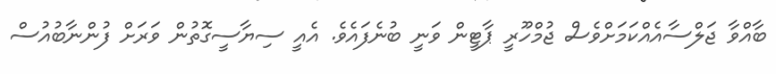
ބާއްވާ ޖަލްސާއެއްކަމަށްވެސް ޖުމްހޫރީ ޕާޓީން ވަނީ ބުނެފައެވެ. އެއީ ސިޔާސީގޮތުން ވަރަށް ފުންނާބުއުސް